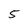
Character: 5